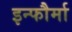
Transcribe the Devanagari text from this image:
इन्फौर्मा